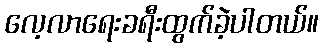
လေ့လာရေးခရီးထွက်ခဲ့ပါတယ်။